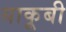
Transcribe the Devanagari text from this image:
याकूबी